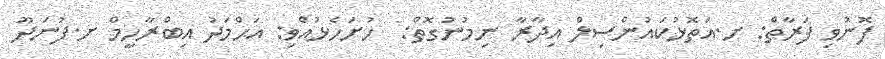
ފޮނުވި ފަރާތް: ށ.އަތޮޅުކައުންސިލް އިދާރާ ނިމުނުގޮތް:  ހުށަހެޅުއްވި: އަޙްމަދު އިބްރާހީމް ށ.ފުނަދޫ